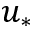
u _ { * }